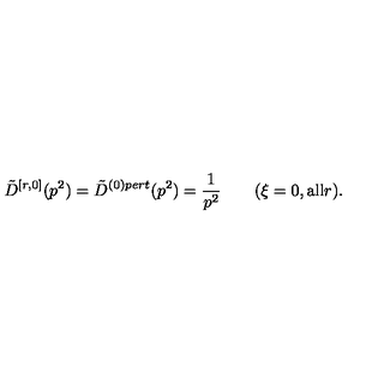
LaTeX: \tilde { D } ^ { [ r , 0 ] } ( p ^ { 2 } ) = \tilde { D } ^ { ( 0 ) p e r t } ( p ^ { 2 } ) = \frac { 1 } { p ^ { 2 } } \qquad ( \xi = 0 , \mathrm { a l l } r ) .